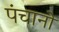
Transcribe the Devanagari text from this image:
पंचानो